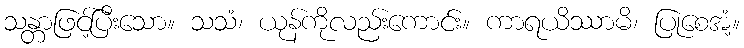
သန္တာဖြင့်ပြီးသော။ သသံ၊ ယုန်ကိုလည်းကောင်း။ ကာရယိဿာမိ၊ ပြုစေအံ့။